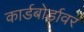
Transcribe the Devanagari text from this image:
कार्डबोर्डावर